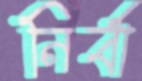
নির্বা